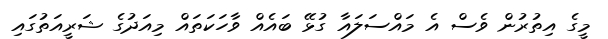
މީގެ އިތުރުން ވެސް އެ މައްސަލައާ ގުޅޭ ބައެއް ވާހަކަތައް މިއަދުގެ ޝަރީއަތުގައި